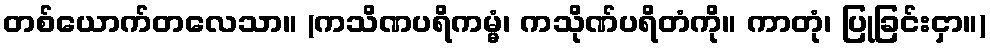
တစ်ယောက်တလေသာ။ (ကသိဏပရိကမ္မံ၊ ကသိုဏ်ပရိတံကို။ ကာတုံ၊ ပြုခြင်းငှာ။)